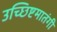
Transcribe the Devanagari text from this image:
उच्छिष्टमातंगी